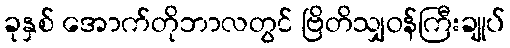
ခုနှစ် အောက်တိုဘာလတွင် ဗြိတိသျှဝန်ကြီးချုပ်